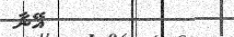
٥٧         އޭނާ